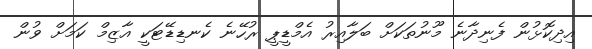
އިދިކޮޅުން ފެނިދާނެ މޫނުތަކަށް ބަލާއިރު އެމްޑީޕީ ރުހޭނެ ކެނޑިޑޭޓަކީ އާޒިމް ކަމަށް ވުން